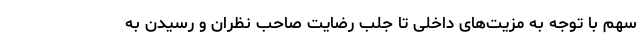
سهم با توجه به مزیت‌های داخلی تا جلب رضایت صاحب نظران و رسیدن به